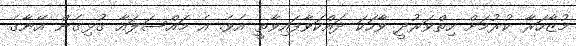
މުޒާހަރާ ކުރުމަށް ހިިތްވަރުދީ ވާހަކަ ދައްކަވާފައިވާތީ އެވެ. އެ މައްސަލައާ ގުޅިގެން އޭނާގެ